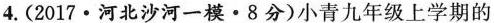
4.(2017·河北沙河一模·8分)小青九年级上学期的